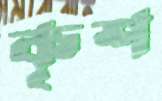
কৃশ